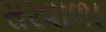
સરવાળા